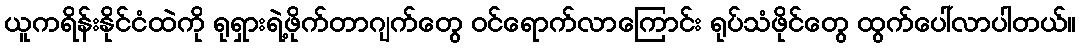
ယူကရိန်းနိုင်ငံထဲကို ရုရှားရဲ့ဖိုက်တာဂျက်တွေ ဝင်ရောက်လာကြောင်း ရုပ်သံဖိုင်တွေ ထွက်ပေါ်လာပါတယ်။